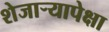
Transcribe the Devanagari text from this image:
शेजाऱ्यापेक्षा